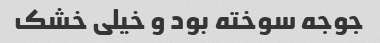
جوجه سوخته بود و خیلی خشک